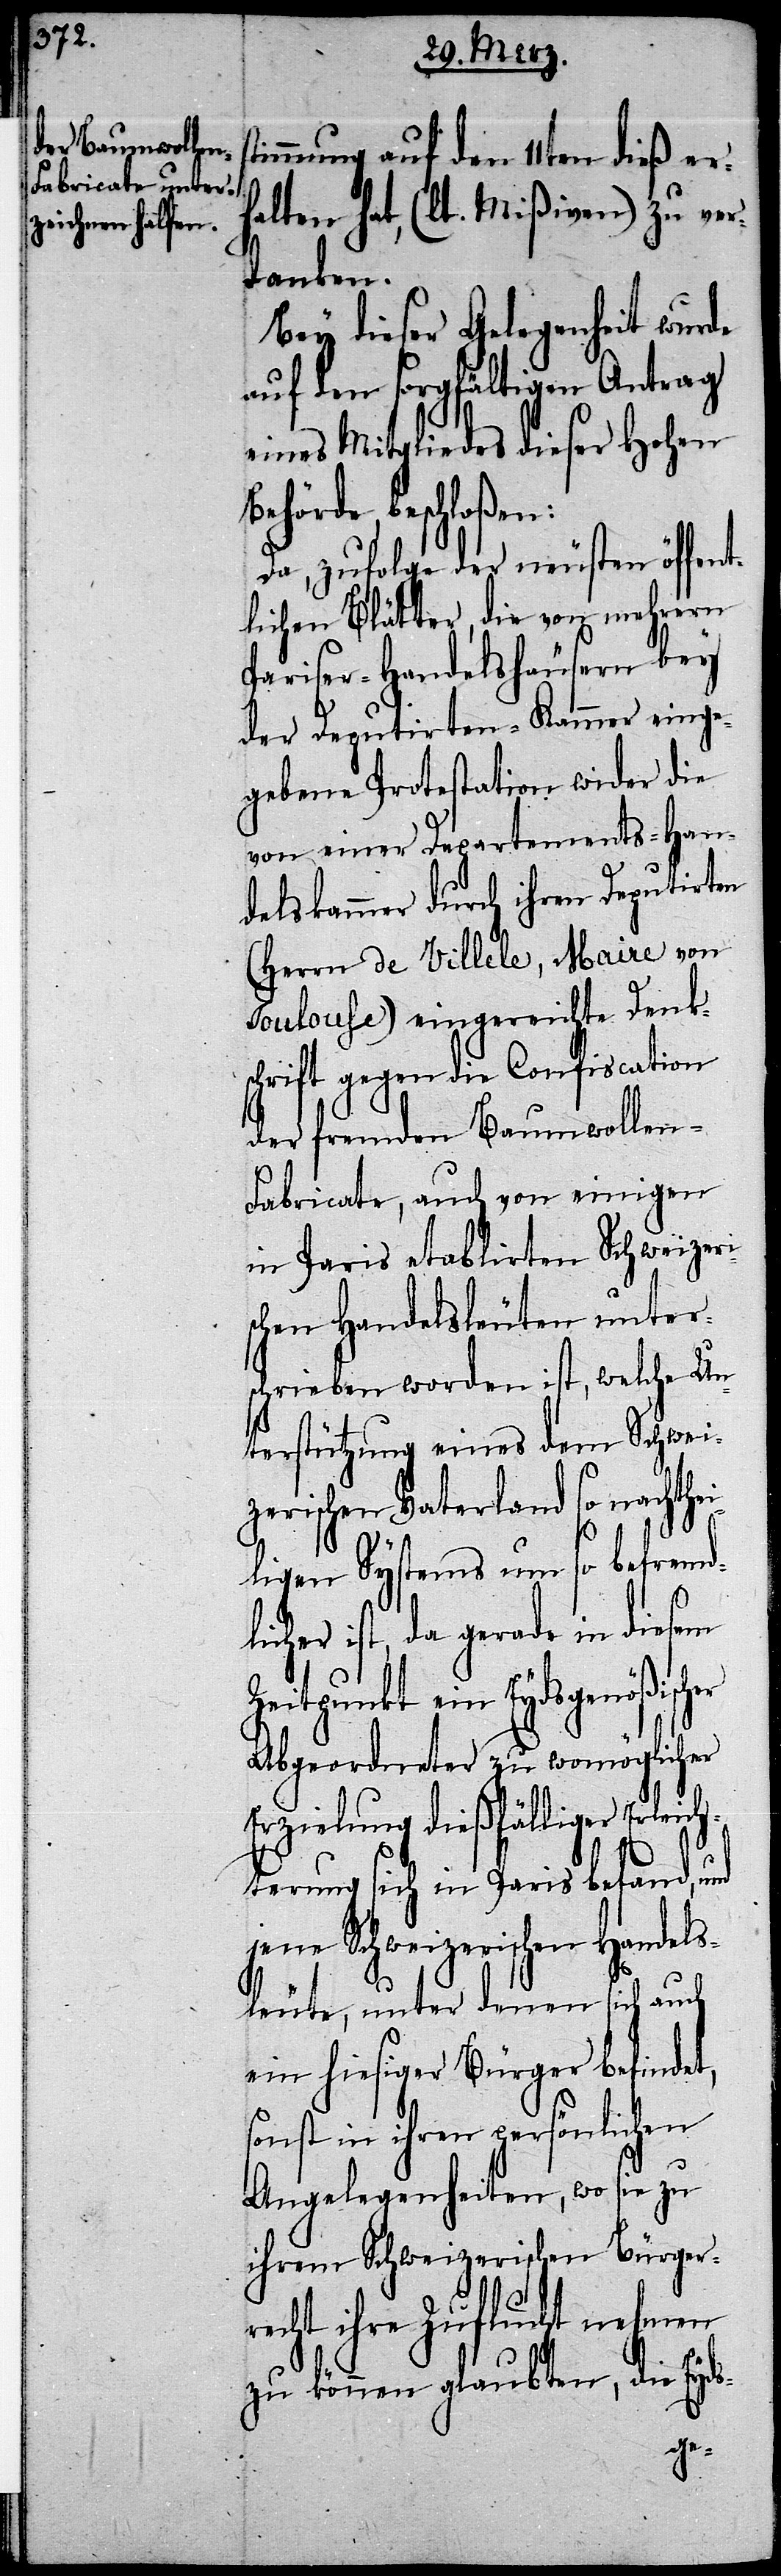
timmung auf den 11ten dieß er¬
halten hat, (lt. Mißiven) zu ver¬
danken.
Bey dieser Gelegenheit wurde
auf den sorgfältigen Antrag
eines Mitgliedes dieser Hohen
beschloßen:
Da, zufolge der neusten öffent¬
lichen Blätter, die von mehrern
Pariser-Handelshäusern bey
der Deputirten-Kammer einge¬
gebene Protestation wider die
von einer Departements-Han¬
delskammer durch ihren Deputirten
(Herrn de Villele, Maire von
Toulouse) eingereichte Denk¬
schrift gegen die Confiscation
der fremden Baumwollen-F¬
abricate, auch von einigen
in Paris etablirten Schweizeri¬
chen Handelsleuten unter¬
schrieben worden ist, welche Un¬
terstützung eines dem Schwei¬
zerischen Vaterland so nachthei¬
ligen Systems um so befremdl¬
ist, da gerade in diesem
Zeitpunkt ein Eydsgenößischer
Abgeordneter zu womöglicher
Erzielung dießfälliger Erleich¬
terung sich in Paris befand, und
jene Schweizerischen Handels¬
leute, unter denen sich auch
ein hiesiger Bürger befindet,
sonst in ihren persönlichen
Angelegenheiten, wo sie zu
ihrem Schweizerischen Bürger¬
recht ihre Zuflucht nehmen
zu können glaubten, die Eyds-
icher